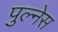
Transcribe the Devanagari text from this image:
पुल्नेस